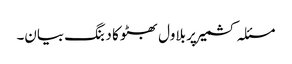
مسئلہ کشمیر پر بلاول بھٹو کا دبنگ بیان۔